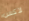
لاكس